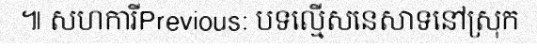
៕ សហការីPrevious: បទល្មើសនេសាទនៅស្រុក